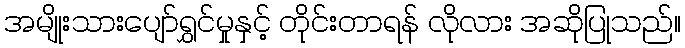
အမျိုးသားပျော်ရွှင်မှုနှင့် တိုင်းတာရန် လိုလား အဆိုပြုသည်။